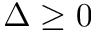
\Delta \ge 0